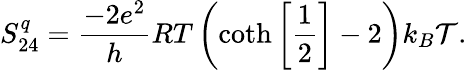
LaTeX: S_{24}^{q}=\frac{-2e^{2}}{h}RT\left(\coth\left[\frac{1}{2}\right]-2\right)k_{B}\mathcal{T}.